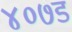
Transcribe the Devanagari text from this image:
४०७ड